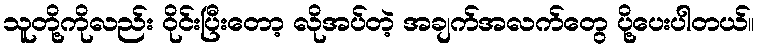
သူတို့ကိုလည်း ၀ိုင်းပြီးတော့ လိုအပ်တဲ့ အချက်အလက်တွေ ပို့ပေးပါတယ်။